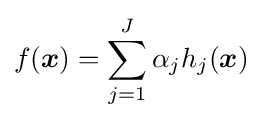
f({\boldsymbol {x}})=\sum _{j=1}^{J}\alpha _{j}h_{j}({\boldsymbol {x}})